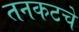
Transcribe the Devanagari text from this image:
तनकटचे